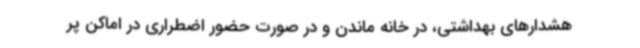
هشدارهای بهداشتی، در خانه ماندن و در صورت حضور اضطراری در اماکن پر